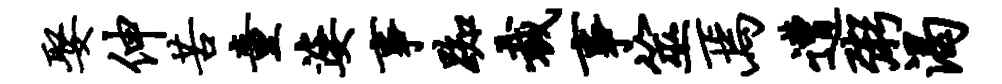
娶伸苦童婆事踟裁事筮焉遭粥渴